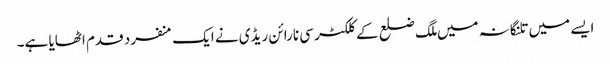
ایسے میں تلنگانہ میں ملگ ضلع کے کلکٹر سی نارائن ریڈی نے ایک منفرد قدم اٹھایا ہے۔